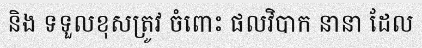
និង ទទួលខុសត្រូវ ចំពោះ ផលវិបាក នានា ដែល